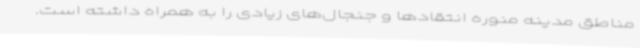
مناطق مدینه منوره انتقادها و جنجال‌های زیادی را به همراه داشته است.